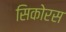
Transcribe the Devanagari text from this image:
सिकोरस